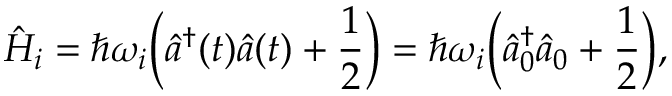
\hat { H } _ { i } = \hbar \omega _ { i } \Bigl ( \hat { a } ^ { \dagger } ( t ) \hat { a } ( t ) + \frac { 1 } { 2 } \Bigr ) = \hbar \omega _ { i } \Bigl ( \hat { a } _ { 0 } ^ { \dagger } \hat { a } _ { 0 } + \frac { 1 } { 2 } \Bigr ) ,